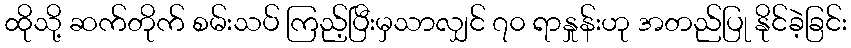
ထိုသို့ ဆက်တိုက် စမ်းသပ် ကြည့်ပြီးမှသာလျှင် ၇၀ ရာနှုန်းဟု အတည်ပြု နိုင်ခဲ့ခြင်း